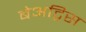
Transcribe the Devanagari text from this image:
बेअट्रिस